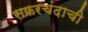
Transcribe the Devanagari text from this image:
सफरचंदाची